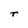
Character: r